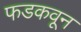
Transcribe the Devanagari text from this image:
फडकवून